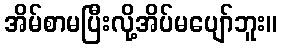
အိမ်စာမပြီးလို့အိပ်မပျော်ဘူး။